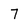
Character: 7